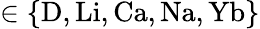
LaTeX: \in\{ \mathrm{D,Li,Ca,Na,Yb}\}